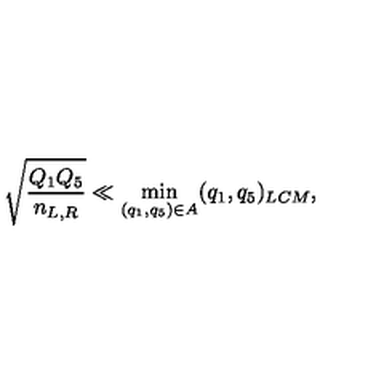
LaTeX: \sqrt { \frac { Q _ { 1 } Q _ { 5 } } { n _ { L , R } } } \ll \min _ { ( q _ { 1 } , q _ { 5 } ) \in A } ( q _ { 1 } , q _ { 5 } ) _ { L C M } ,